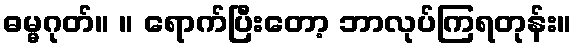
ဓမ္မဂုတ်။ ။ ရောက်ပြီးတော့ ဘာလုပ်ကြရတုန်း။